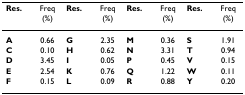
<table><thead><tr><td><b>Res.</b></td><td><b>Freq(%)</b></td><td><b>Res.</b></td><td><b>Freq(%)</b></td><td><b>Res.</b></td><td><b>Freq(%)</b></td><td><b>Res.</b></td><td><b>Freq(%)</b></td></tr></thead><tbody><tr><td><b>A</b></td><td>0.66</td><td><b>G</b></td><td>2.35</td><td><b>M</b></td><td>0.36</td><td><b>S</b></td><td>1.91</td></tr><tr><td><b>C</b></td><td>0.10</td><td><b>H</b></td><td>0.62</td><td><b>N</b></td><td>3.31</td><td><b>T</b></td><td>0.94</td></tr><tr><td><b>D</b></td><td>3.45</td><td><b>I</b></td><td>0.05</td><td><b>P</b></td><td>0.45</td><td><b>V</b></td><td>0.15</td></tr><tr><td><b>E</b></td><td>2.54</td><td><b>K</b></td><td>0.76</td><td><b>Q</b></td><td>1.22</td><td><b>W</b></td><td>0.11</td></tr><tr><td><b>F</b></td><td>0.15</td><td><b>L</b></td><td>0.09</td><td><b>R</b></td><td>0.88</td><td><b>Y</b></td><td>0.20</td></tr></tbody></table>